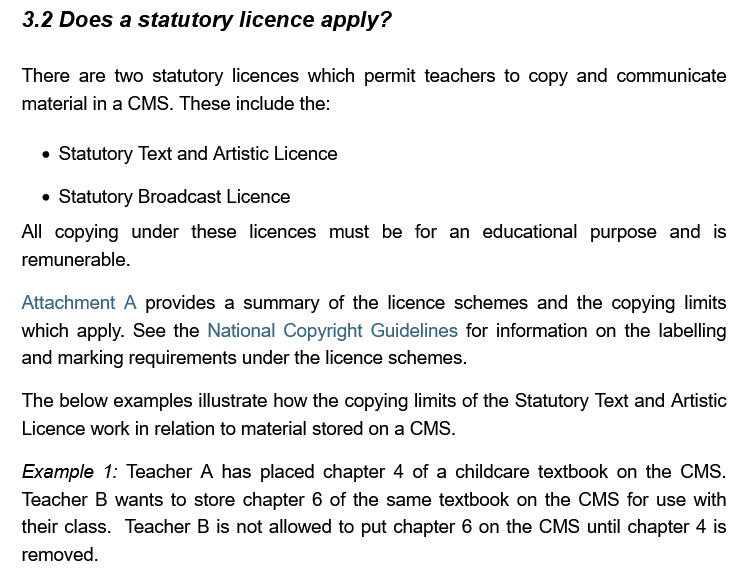
Does a  statutory  licence apply?
   There are two statutory licences which permit teachers to copy and communicate
   material in a CMS. These include the:
     Statutory Text and Artistic Licence
     Statutory Broadcast Licence
   All copying under these licences must be for an educational purpose and  is
   remunerable.
   Attachment A provides a summary of the licence schemes and the copying limits
   which apply. See the National Copyright Guidelines for information on the labelling
   and marking requirements under the licence schemes.
   The below examples illustrate how the copying limits of the Statutory Text and Artistic
   Licence work in relation to material stored on a CMS.
   Example  1: Teacher A has placed chapter 4 of a childcare textbook on the CMS.
   Teacher B wants to store chapter 6 of the same textbook on the CMS for use with
   their class. Teacher B is not allowed to put chapter 6 on the CMS until chapter 4 is
   removed.